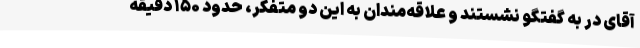
آقای در به گفتگو نشستند و علاقه‌مندان به این دو متفکر، حدود ۱۵۰ دقیقه